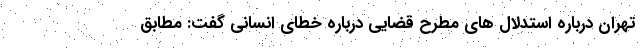
تهران درباره استدلال های مطرح قضایی درباره خطای انسانی گفت: مطابق